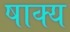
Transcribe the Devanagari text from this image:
षाक्य